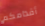
أقدامكم